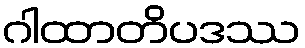
ဂါထာတိပဒဿ